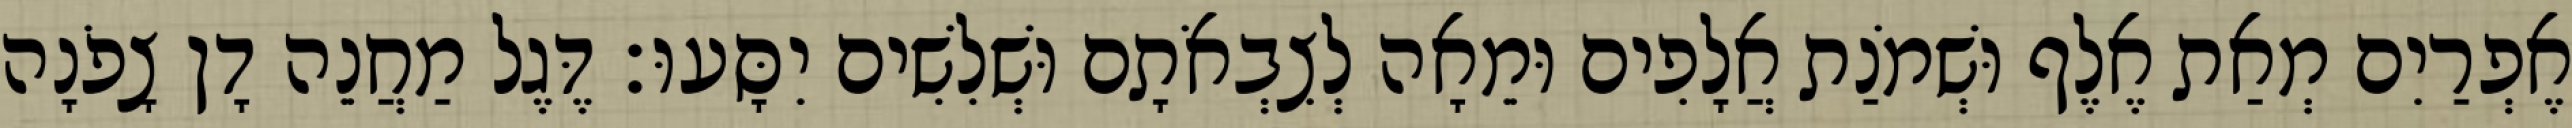
אֶפְרַיִם מְאַת אֶלֶף וּשְׁמֹנַת אֲלָפִים וּמֵאָה לְצִבְאֹתָם וּשְׁלִשִׁים יִסָּעוּ׃ דֶּגֶל מַחֲנֵה דָן צָפֹנָה